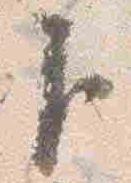
臣